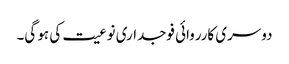
دوسری کارروائی فوجداری نوعیت کی ہو گی۔